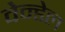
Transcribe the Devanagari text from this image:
वेन्डेल